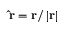
{ \bf { \hat { r } } } = { \bf { r } } / \left| { \bf { r } } \right|